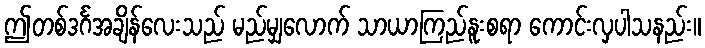
ဤတစ်ဒင်္ဂအချိန်လေးသည် မည်မျှလောက် သာယာကြည်နူးစရာ ကောင်းလှပါသနည်း။